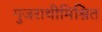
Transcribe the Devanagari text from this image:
गुजराथीमिश्रित